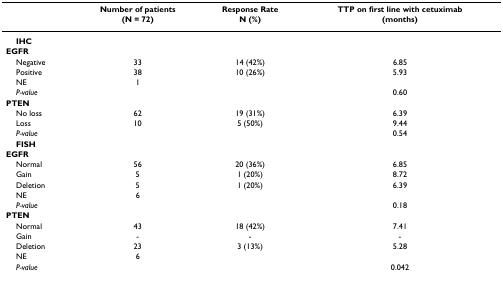
|  | Number of patients | Response Rate | TTP on first line with cetuximab |
 |  | (N = 72) | N (%) | (months) |
 | --- | --- | --- | --- |
 | IHC |  |  |  |
 | EGFR |  |  |  |
 | Negative | 33 | 14 (42%) | 6.85 |
 | Positive | 38 | 10 (26%) | 5.93 |
 | NE | 1 |  |  |
 | P-value |  |  | 0.60 |
 | PTEN |  |  |  |
 | No loss | 62 | 19 (31%) | 6.39 |
 | Loss | 10 | 5 (50%) | 9.44 |
 | P-value |  |  | 0.54 |
 | FISH |  |  |  |
 | EGFR |  |  |  |
 | Normal | 56 | 20 (36%) | 6.85 |
 | Gain | 5 | 1 (20%) | 8.72 |
 | Deletion | 5 | 1 (20%) | 6.39 |
 | NE | 6 |  |  |
 | P-value |  |  | 0.18 |
 | PTEN |  |  |  |
 | Normal | 43 | 18 (42%) | 7.41 |
 | Gain | - | - | - |
 | Deletion | 23 | 3 (13%) | 5.28 |
 | NE | 6 |  |  |
 | P-value |  |  | 0.042 |